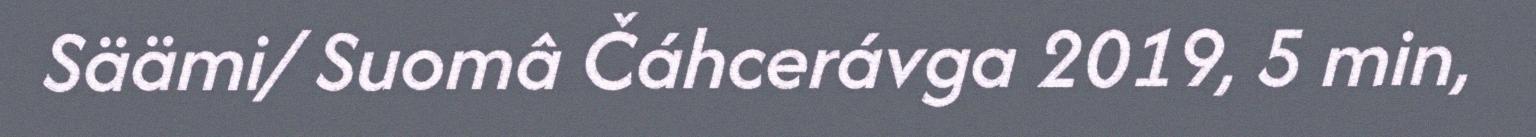
Säämi/ Suomâ Čáhcerávga 2019, 5 min,